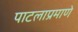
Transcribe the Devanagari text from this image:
पाटलाप्रमाणे